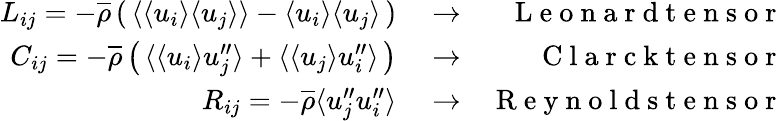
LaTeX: \begin{array}{rlr}{L_{ij}=-\overline{{\rho}}\left(\, \langle{\langle u_{i}\rangle\langle u_{j}\rangle}\rangle-\langle u_{i}\rangle\langle u_{j}\rangle\, \right)}&{{}\rightarrow}&{\mathrm{~L~e~o~n~a~r~d~t~e~n~s~o~r~}}\\ {C_{ij}=-\overline{{\rho}}\left(\, \langle{\langle u_{i}\rangle u_{j}^{\prime\prime}}\rangle+\langle{\langle u_{j}\rangle u_{i}^{\prime\prime}}\rangle\, \right)}&{{}\rightarrow}&{\mathrm{~C~l~a~r~c~k~t~e~n~s~o~r~}}\\ {R_{ij}=-\overline{{\rho}}\langle{u_{j}^{\prime\prime}u_{i}^{\prime\prime}}\rangle}&{{}\rightarrow}&{\mathrm{~R~e~y~n~o~l~d~s~t~e~n~s~o~r~}}\end{array}